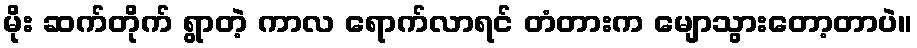
မိုး ဆက်တိုက် ရွာတဲ့ ကာလ ရောက်လာရင် တံတားက မျောသွားတော့တာပဲ။